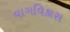
વાગવિકાસ